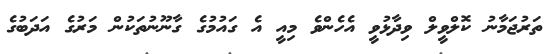
ތަރުޖަމާނު ކޮލްވީލް ވިދާޅުވީ އެހެންވެ މިއީ އެ ގައުމުގެ ގާނޫނުތަކުން މަރުގެ އަދަބުގެ